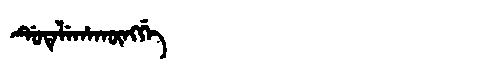
Manchu: ᡩᡠᡨᡝᠯᡝᡥᠠᡴᡡᠩᡤᡝ
Romanization: DUTELEHAKŪNGGE